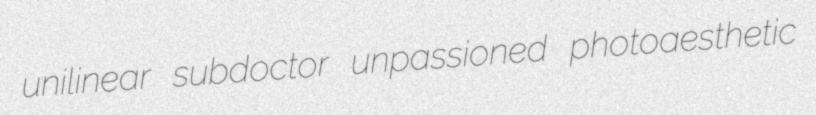
unilinear subdoctor unpassioned photoaesthetic